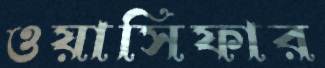
ওয়াসিফার